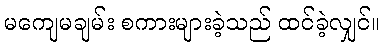
မကျေမချမ်း စကားများခဲ့သည် ထင်ခဲ့လျှင်။